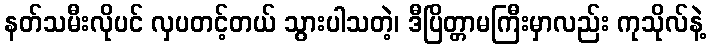
နတ်သမီးလိုပင် လှပတင့်တယ် သွားပါသတဲ့၊ ဒီပြိတ္တာမကြီးမှာလည်း ကုသိုလ်နဲ့